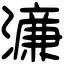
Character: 濓